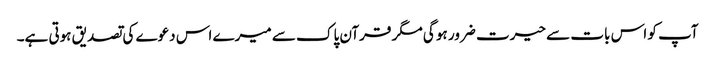
آپ کو اس بات سے حیرت ضرور ہو گی مگر قرآن پاک سے میرے اس دعوے کی تصدیق ہوتی ہے۔